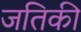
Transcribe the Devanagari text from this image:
जतिकी